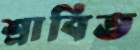
শ্রাবিত